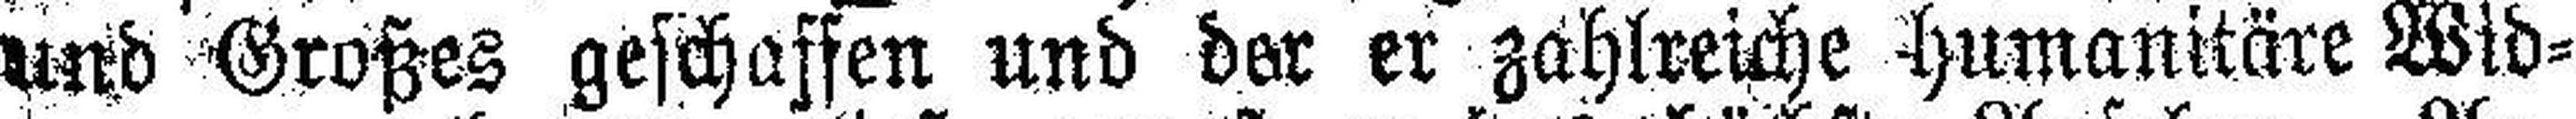
und Großes geschaffen und der er zahlreiche humanitäre Wid¬